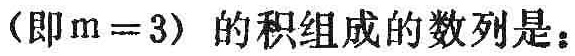
（即\(m = 3\)）的积组成的数列是：